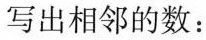
写出相邻的数：